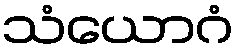
သံယောဂံ